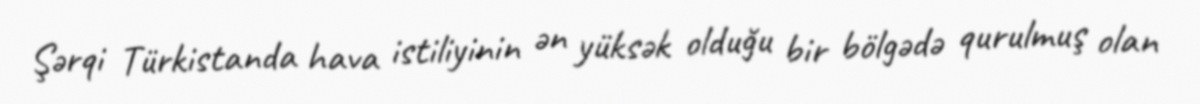
Şərqi Türkistanda hava istiliyinin ən yüksək olduğu bir bölgədə qurulmuş olan